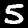
Label: 5